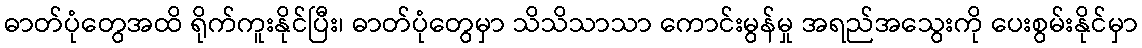
ဓာတ်ပုံတွေအထိ ရိုက်ကူးနိုင်ပြီး၊ ဓာတ်ပုံတွေမှာ သိသိသာသာ ကောင်းမွန်မှု အရည်အသွေးကို ပေးစွမ်းနိုင်မှာ